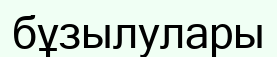
бұзылулары